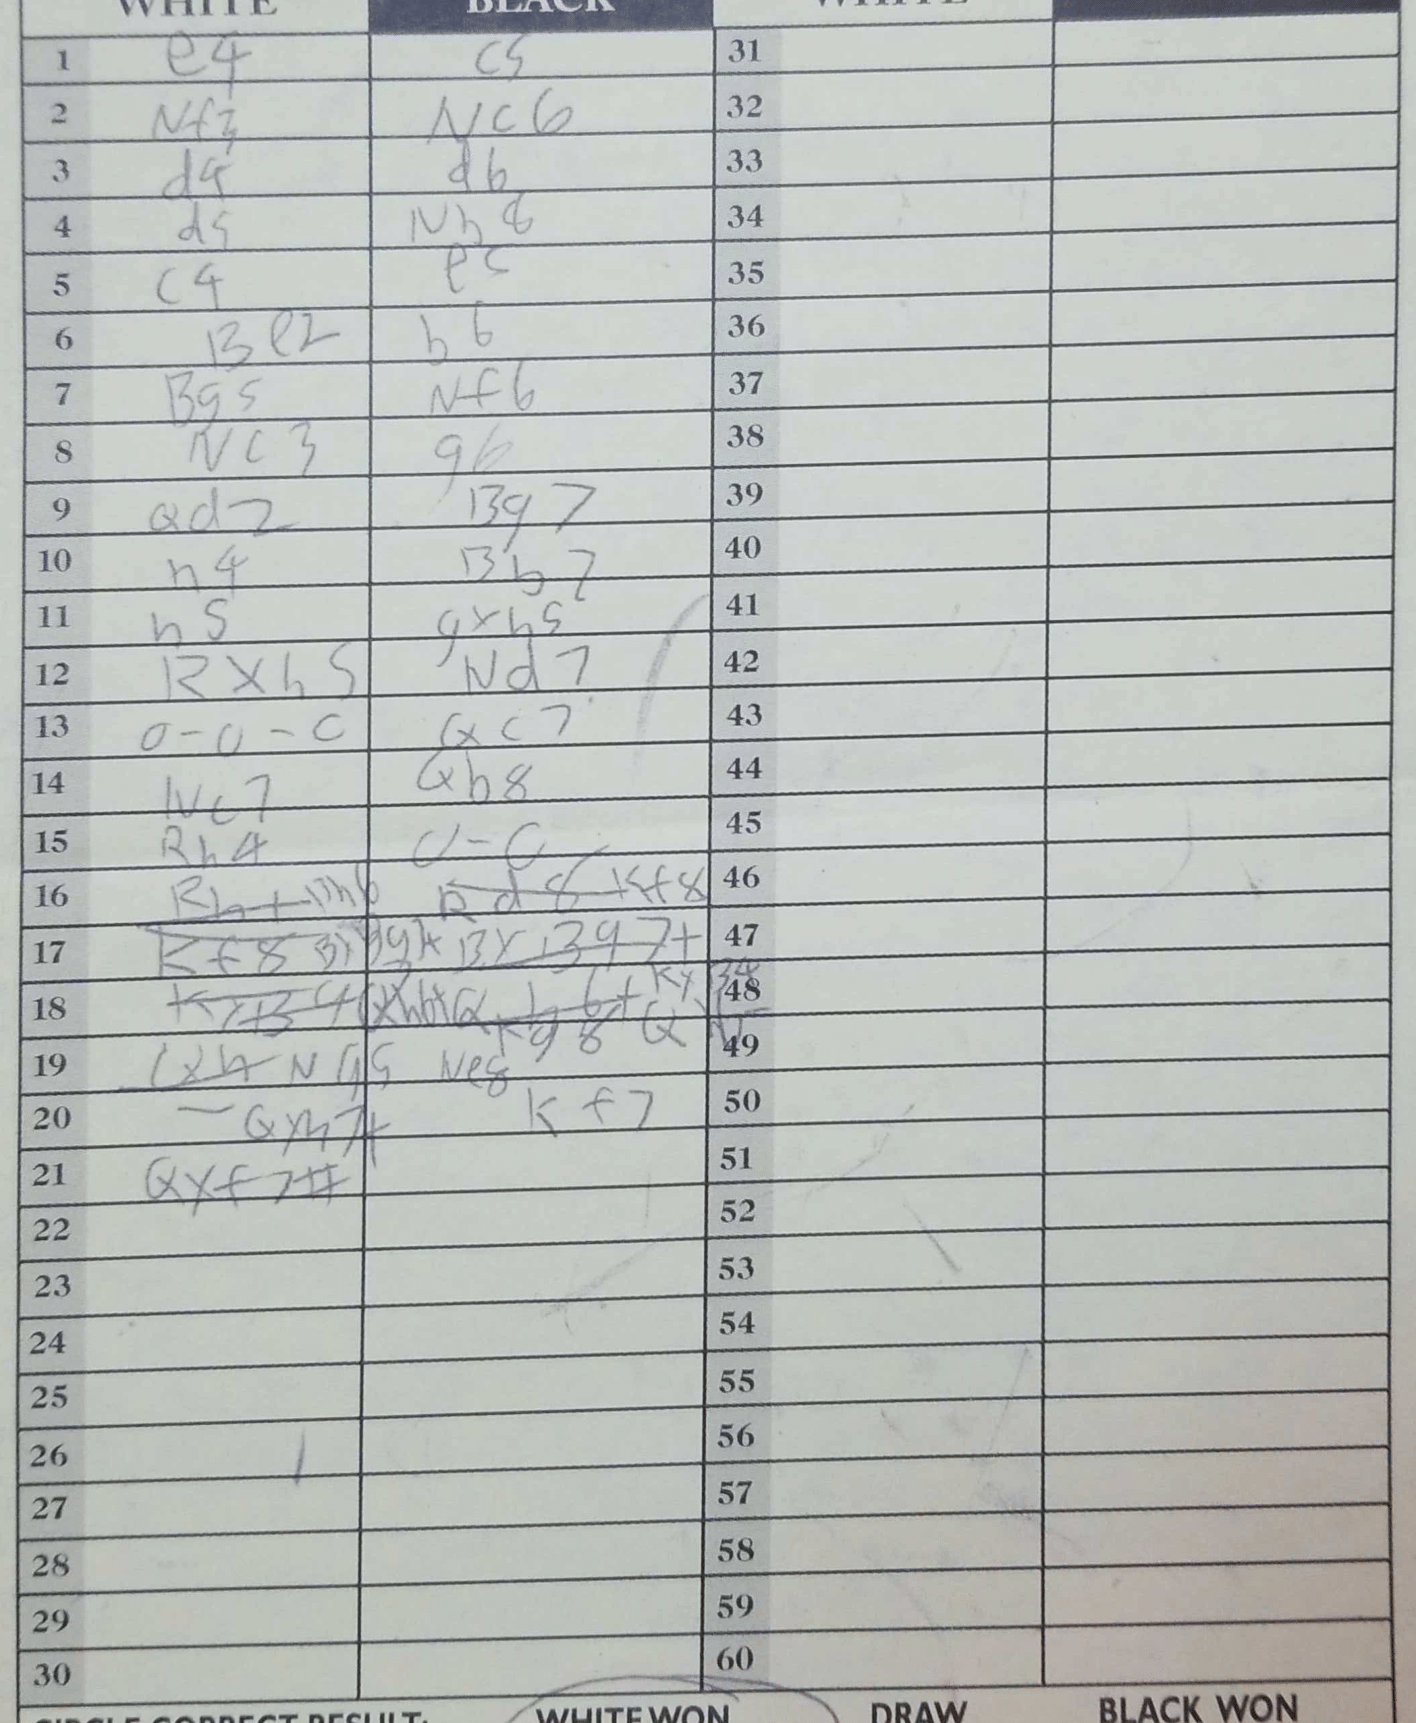
Moves: e4 c5 Nf3 Nc6 d4 d6 d5 Nb8 c4 e5 Be2 b6 Bg5 Nf6 Nc3 g6 Qd2 Bg7 h4 Bb7 h5 gxh5 Rxh5 Nd7 O-O-O Qc7 Nb5 Qb8 Rh4 O-O Bh6 Kf8 Ne8 Qxh7+ Kf7 Qxf7#